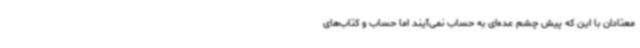
معتادان با این که پیش چشم عده‌ای به حساب نمی‌آیند اما حساب و کتاب‌های